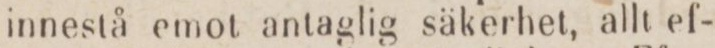
innestå emot antaglig säkerhet, allt ef-